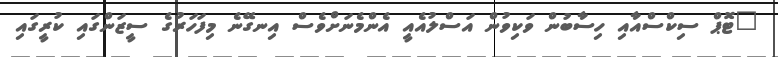
"ޓޮޕް ސިކްސްއާއި ހިސާބުން ވަކިވުން އަސްލުއެއީ އެންމެނަށްވެސް އިނގޭނެ މިފަހަރުގެ ސީޒަންގައި ކުރީގައި